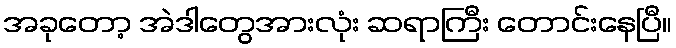
အခုတော့ အဲဒါတွေအားလုံး ဆရာကြီး တောင်းနေပြီ။